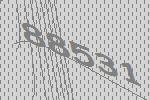
88531